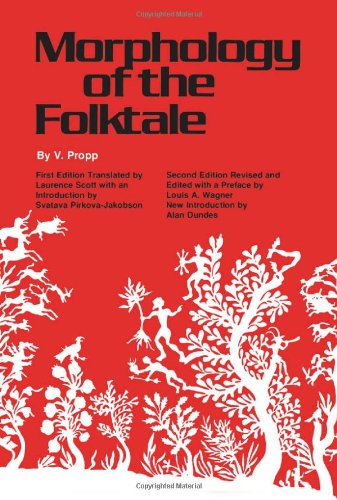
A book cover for Morphology of the Folktale (Publications of the American Folklore Society); V. Propp; Literature & Fiction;